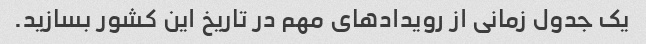
یک جدول زمانی از رویدادهای مهم در تاریخ این کشور بسازید.